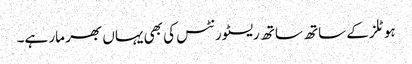
ہوٹلز کے ساتھ ساتھ ریسٹورنٹس کی بھی یہاں بھر مار ہے۔